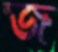
জ